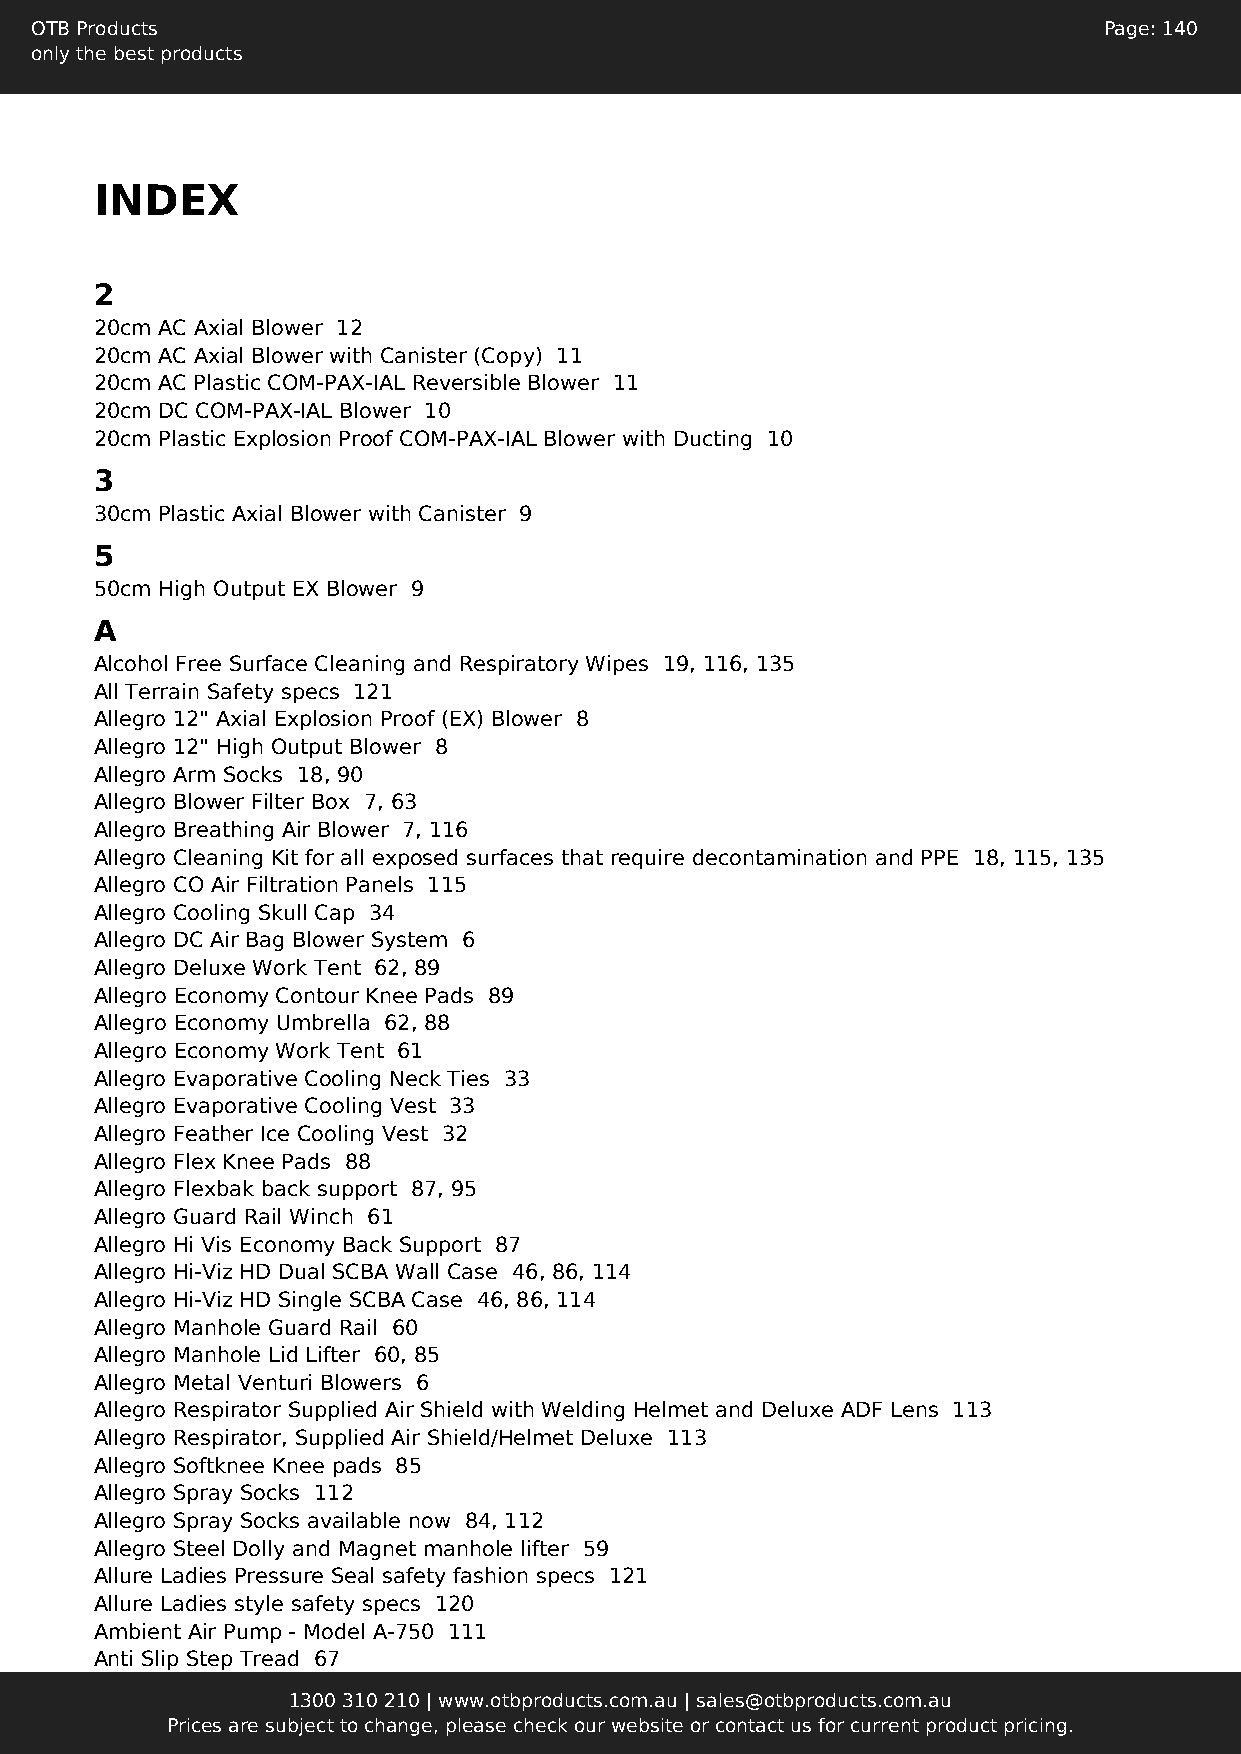
OTB Products                                                           Page: 140
 only the best products
 INDEX
 2
 20cm AC Axial Blower 12
 20cm AC Axial Blower with Canister (Copy) 11
 20cm AC Plastic COM-PAX-IAL Reversible Blower 11
 20cm DC COM-PAX-IAL Blower 10
 20cm Plastic Explosion Proof COM-PAX-IAL Blower with Ducting 10
 3
 30cm Plastic Axial Blower with Canister 9
 5
 50cm High Output EX Blower 9
 A
 Alcohol Free Surface Cleaning and Respiratory Wipes 19, 116, 135
 All Terrain Safety specs 121
 Allegro 12" Axial Explosion Proof (EX) Blower 8
 Allegro 12" High Output Blower 8
 Allegro Arm Socks 18, 90
 Allegro Blower Filter Box 7, 63
 Allegro Breathing Air Blower 7, 116
 Allegro Cleaning Kit for all exposed surfaces that require decontamination and PPE 18, 115, 135
 Allegro CO Air Filtration Panels 115
 Allegro Cooling Skull Cap 34
 Allegro DC Air Bag Blower System 6
 Allegro Deluxe Work Tent 62, 89
 Allegro Economy Contour Knee Pads 89
 Allegro Economy Umbrella 62, 88
 Allegro Economy Work Tent 61
 Allegro Evaporative Cooling Neck Ties 33
 Allegro Evaporative Cooling Vest 33
 Allegro Feather Ice Cooling Vest 32
 Allegro Flex Knee Pads 88
 Allegro Flexbak back support 87, 95
 Allegro Guard Rail Winch 61
 Allegro Hi Vis Economy Back Support 87
 Allegro Hi-Viz HD Dual SCBA Wall Case 46, 86, 114
 Allegro Hi-Viz HD Single SCBA Case 46, 86, 114
 Allegro Manhole Guard Rail 60
 Allegro Manhole Lid Lifter 60, 85
 Allegro Metal Venturi Blowers 6
 Allegro Respirator Supplied Air Shield with Welding Helmet and Deluxe ADF Lens 113
 Allegro Respirator, Supplied Air Shield/Helmet Deluxe 113
 Allegro Softknee Knee pads 85
 Allegro Spray Socks 112
 Allegro Spray Socks available now 84, 112
 Allegro Steel Dolly and Magnet manhole lifter 59
 Allure Ladies Pressure Seal safety fashion specs 121
 Allure Ladies style safety specs 120
 Ambient Air Pump - Model A-750 111
 Anti Slip Step Tread 67
 1300 310 210 | www.otbproducts.com.au | sales@otbproducts.com.au
 Prices are subject to change, please check our website or contact us for current product pricing.